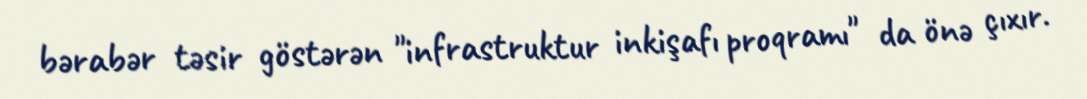
bərabər təsir göstərən "infrastruktur inkişafı proqramı" da önə çıxır.